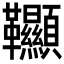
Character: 𩎌